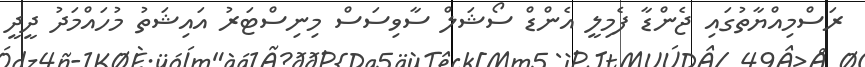
ރަސްމިއްޔާތުގައި ޖެންޑާ ފެމިލީ އެންޑް ސޯޝަލް ސާވިސަސް މިނިސްޓަރު އައިޝަތު މުހައްމަދު ދީދީ